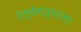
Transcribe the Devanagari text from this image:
रेल्वेमंत्र्याला